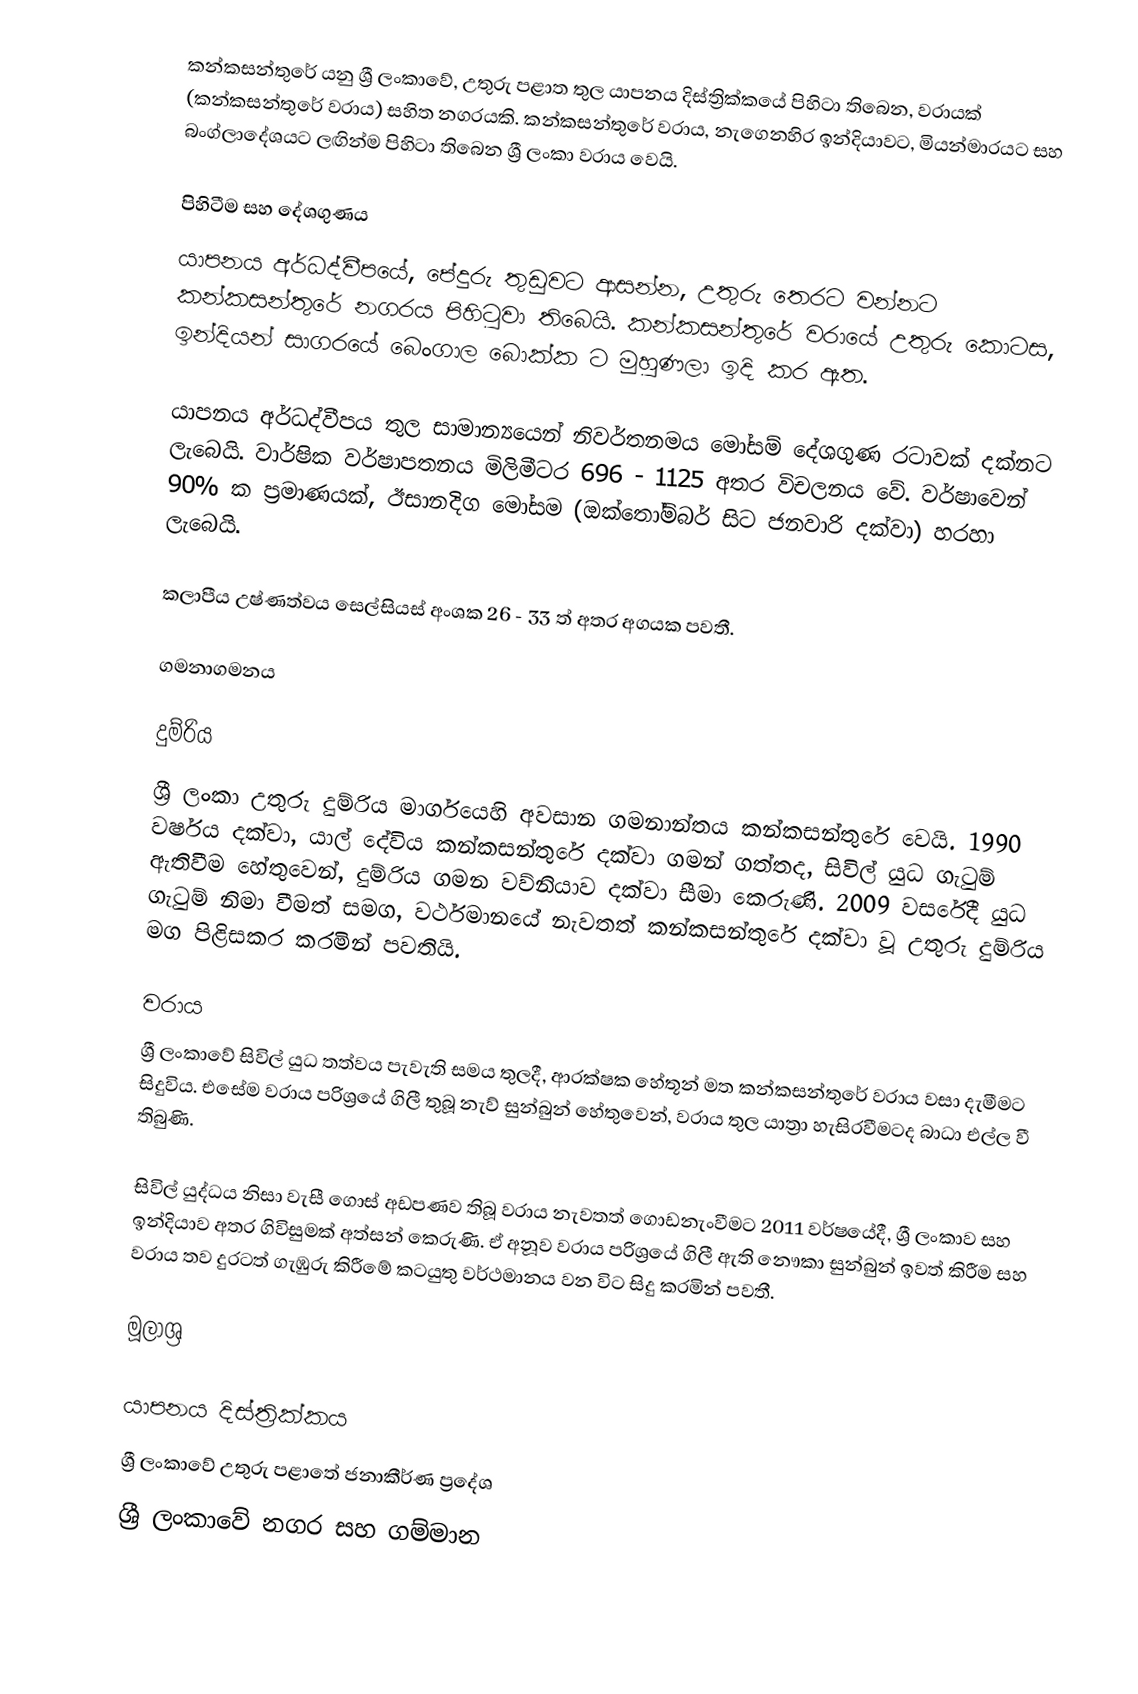
කන්කසන්තුරේ යනු ශ්‍රී ලංකාවේ, උතුරු පළාත තුල යාපනය දිස්ත්‍රික්කයේ පිහිටා තිබෙන, වරායක් (කන්කසන්තුරේ වරාය) සහිත නගරයකි. කන්කසන්තුරේ වරාය, නැගෙනහිර ඉන්දියාවට, මියන්මාරයට සහ බංග්ලාදේශයට ලඟින්ම පිහිටා තිබෙන ශ්‍රී ලංකා වරාය වෙයි.

පිහිටීම සහ දේශගුණය
යාපනය අර්ධද්වීපයේ, පේදුරු තුඩුවට ආසන්න, උතුරු තෙරට වන්නට කන්කසන්තුරේ නගරය පිහිටුවා තිබෙයි. කන්කසන්තුරේ වරායේ උතුරු කොටස, ඉන්දියන් සාගරයේ බෙංගාල බොක්ක ට මුහුණලා ඉදි කර ඇත.

යාපනය අර්ධද්වීපය තුල සාමාන්‍යයෙන් නිවර්තනමය මෝසම් දේශගුණ රටාවක් දක්නට ලැබෙයි. වාර්ෂික වර්ෂාපතනය මිලිමීටර 696 - 1125 අතර විචලනය වේ. වර්ෂාවෙන් 90% ක ප්‍රමාණයක්, ඊසානදිග මෝසම (ඔක්තෝම්බර් සිට ජනවාරි දක්වා) හරහා ලැබෙයි.

කලාපීය උෂ්ණත්වය සෙල්සියස් අංශක 26 - 33 ත් අතර අගයක පවතී.

ගමනාගමනය

දුම්රිය
ශ්‍රී ලංකා උතුරු දුම්රිය මාර්ගයෙහි අවසාන ගමනාන්තය කන්කසන්තුරේ වෙයි. 1990 වර්ෂය දක්වා, යාල් දේවිය කන්කසන්තුරේ දක්වා ගමන් ගත්තද,  සිවිල් යුධ ගැටුම් ඇතිවීම හේතුවෙන්, දුම්රිය ගමන වව්නියාව දක්වා සීමා කෙරුණි. 2009 වසරේදී යුධ ගැටුම් නිමා වීමත් සමග, වර්ථමානයේ නැවතත් කන්කසන්තුරේ දක්වා වූ උතුරු දුම්රිය මග පිළිසකර කරමින් පවතියි.

වරාය
ශ්‍රී ලංකාවේ සිවිල් යුධ තත්වය පැවැති සමය තුලදී, ආරක්ෂක හේතූන් මත කන්කසන්තුරේ වරාය වසා දැමීමට සිදුවිය. එසේම වරාය පරිශ්‍රයේ ගිලී තුබූ නැව් සුන්බුන් හේතුවෙන්, වරාය තුල යාත්‍රා හැසිරවීමටද බාධා එල්ල වී තිබුණි.

සිවිල් යුද්ධය නිසා වැසී ගොස් අඩපණව තිබූ වරාය නැවතත් ගොඩනැංවීමට 2011 වර්ෂයේදී, ශ්‍රී ලංකාව සහ ඉන්දියාව අතර ගිවිසුමක් අත්සන් කෙරුණි. ඒ අනූව වරාය පරිශ්‍රයේ ගිලී ඇති නෞකා සුන්බුන් ඉවත් කිරීම සහ වරාය තව දුරටත් ගැඹුරු කිරීමේ කටයුතු වර්ථමානය වන විට සිදු කරමින් පවතී.

මූලාශ්‍ර

යාපනය දිස්ත්‍රික්කය
ශ්‍රී ලංකාවේ උතුරු පළාතේ ජනාකීර්ණ ප්‍රදේශ
ශ්‍රී ලංකාවේ නගර සහ ගම්මාන